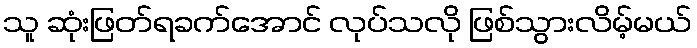
သူ ဆုံးဖြတ်ရခက်အောင် လုပ်သလို ဖြစ်သွားလိမ့်မယ်